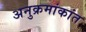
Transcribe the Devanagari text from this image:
अनुक्रमांकांत